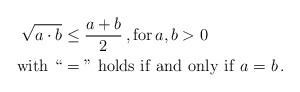
LaTeX: \begin{align*} \begin{aligned}\sqrt {a \cdot b} & \le \frac {a + b}{2}\, , \operatorname{for}a, b > 0\\ \operatorname{with}\, ``&="\, \operatorname{holds}\, \operatorname{if}\, \operatorname{and}\, \operatorname{only}\, \operatorname{if}\, a=b\, .\end{aligned} \end{align*}